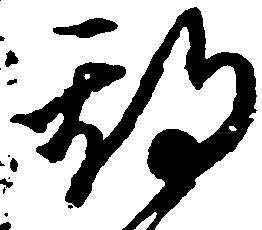
期